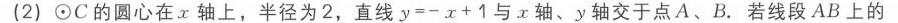
\begin{figure}[h]
\centering
\includegraphics{} % 因未获取到实际图形文件，路径留空
\caption{图2 - 2 - 6}
\label{fig:2 - 2 - 6}
\end{figure}
$C\quad D$